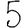
Digit: 5